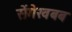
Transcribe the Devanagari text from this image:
सेंगेखबब